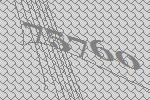
75760